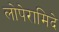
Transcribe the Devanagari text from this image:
लोपेरामिदे